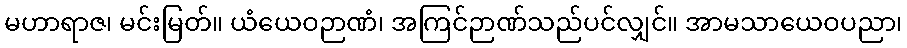
မဟာရာဇ၊ မင်းမြတ်။ ယံယေဝဉာဏံ၊ အကြင်ဉာဏ်သည်ပင်လျှင်။ အာမသာယေဝပညာ၊